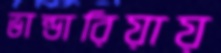
ভান্ডারিয়ায়